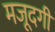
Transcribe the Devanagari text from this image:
मजूदगी